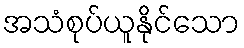
အသံစုပ်ယူနိုင်သော